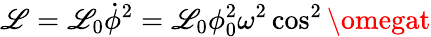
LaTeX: \mathscr{L}=\mathscr{L}_{0}\dot{{\phi}}^{2}=\mathscr{L}_{0}\phi_{0}^{2}\omega^{2}\cos^{2}\omegat